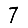
Digit: 7